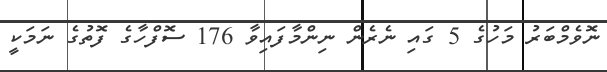
ނޮވެމްބަރު މަހުގެ 5 ގައި ނެރެން ނިންމާފައިވާ 176 ސޮފްހާގެ ފޮތުގެ ނަމަކީ